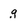
Character: g